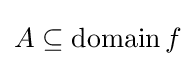
A\subseteq \operatorname {domain} f